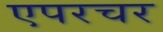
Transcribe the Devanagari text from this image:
एपरचर